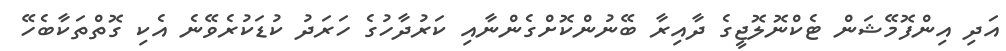
އަދި އިންފޮމޭޝަން ޓެކްނޮލޮޖީގެ ދާއިރާ ބޭނުންކޮށްގެންނާއި ކަރުދާހުގެ ހަރަދު ކުޑަކުރެވޭނެ އެކި ގޮތްތަކާބެހޭ